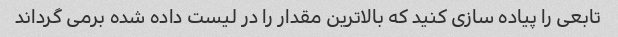
تابعی را پیاده سازی کنید که بالاترین مقدار را در لیست داده شده برمی گرداند